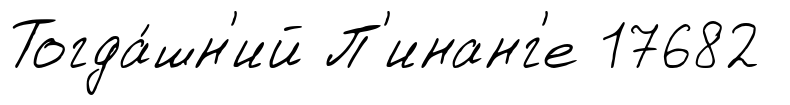
Тогда́шн'ий П'инанг'е 17682